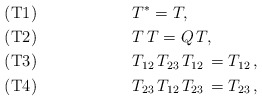
\begin{align*} {}& (\mathrm{T1}) && T^* = T ,&& \\{}& (\mathrm{T2}) && T \, T = Q \, T , && \\ {}& (\mathrm{T3}) && T_{12} \, T_{23} \, T_{12} \, = T_{12} \,,&& \\{}& (\mathrm{T4}) && T_{23} \, T_{12} \, T_{23} \, = T_{23} \,, && \end{align*}